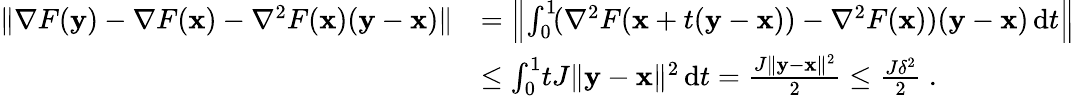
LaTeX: \begin{array}{rl}{\| \nabla F(\mathbf{y})-\nabla F({\mathbf x})-\nabla^{2}F({\mathbf x})(\mathbf{y}-{\mathbf x})\| }&{=\left\| \int_{0}^{1}\! (\nabla^{2}F({\mathbf x}+t(\mathbf{y}-{\mathbf x}))-\nabla^{2}F({\mathbf x}))(\mathbf{y}-{\mathbf x})\, \mathrm{d}t\right\| }\\ &{\le\int_{0}^{1}\! tJ\| \mathbf{y}-{\mathbf x}\| ^{2}\, \mathrm{d}t=\frac{J\| \mathbf{y}-{\mathbf x}\| ^{2}}{2}\leq\frac{J\delta^{2}}{2}~.}\end{array}